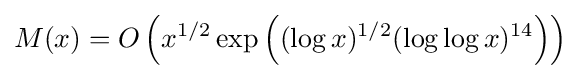
M(x)=O\left(x^{1/2}\exp \left((\log x)^{1/2}(\log \log x)^{14}\right)\right)